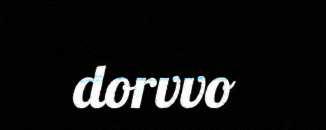
dorvvo